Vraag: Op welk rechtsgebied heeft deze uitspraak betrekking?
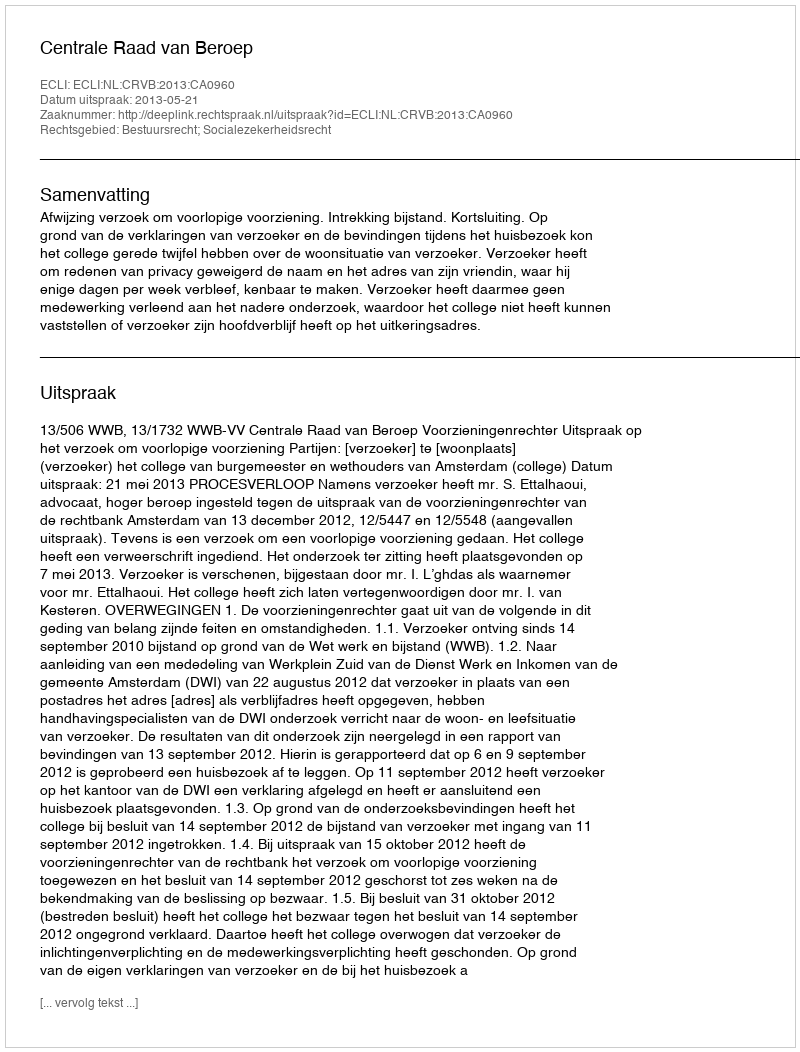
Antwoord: Bestuursrecht; Socialezekerheidsrecht